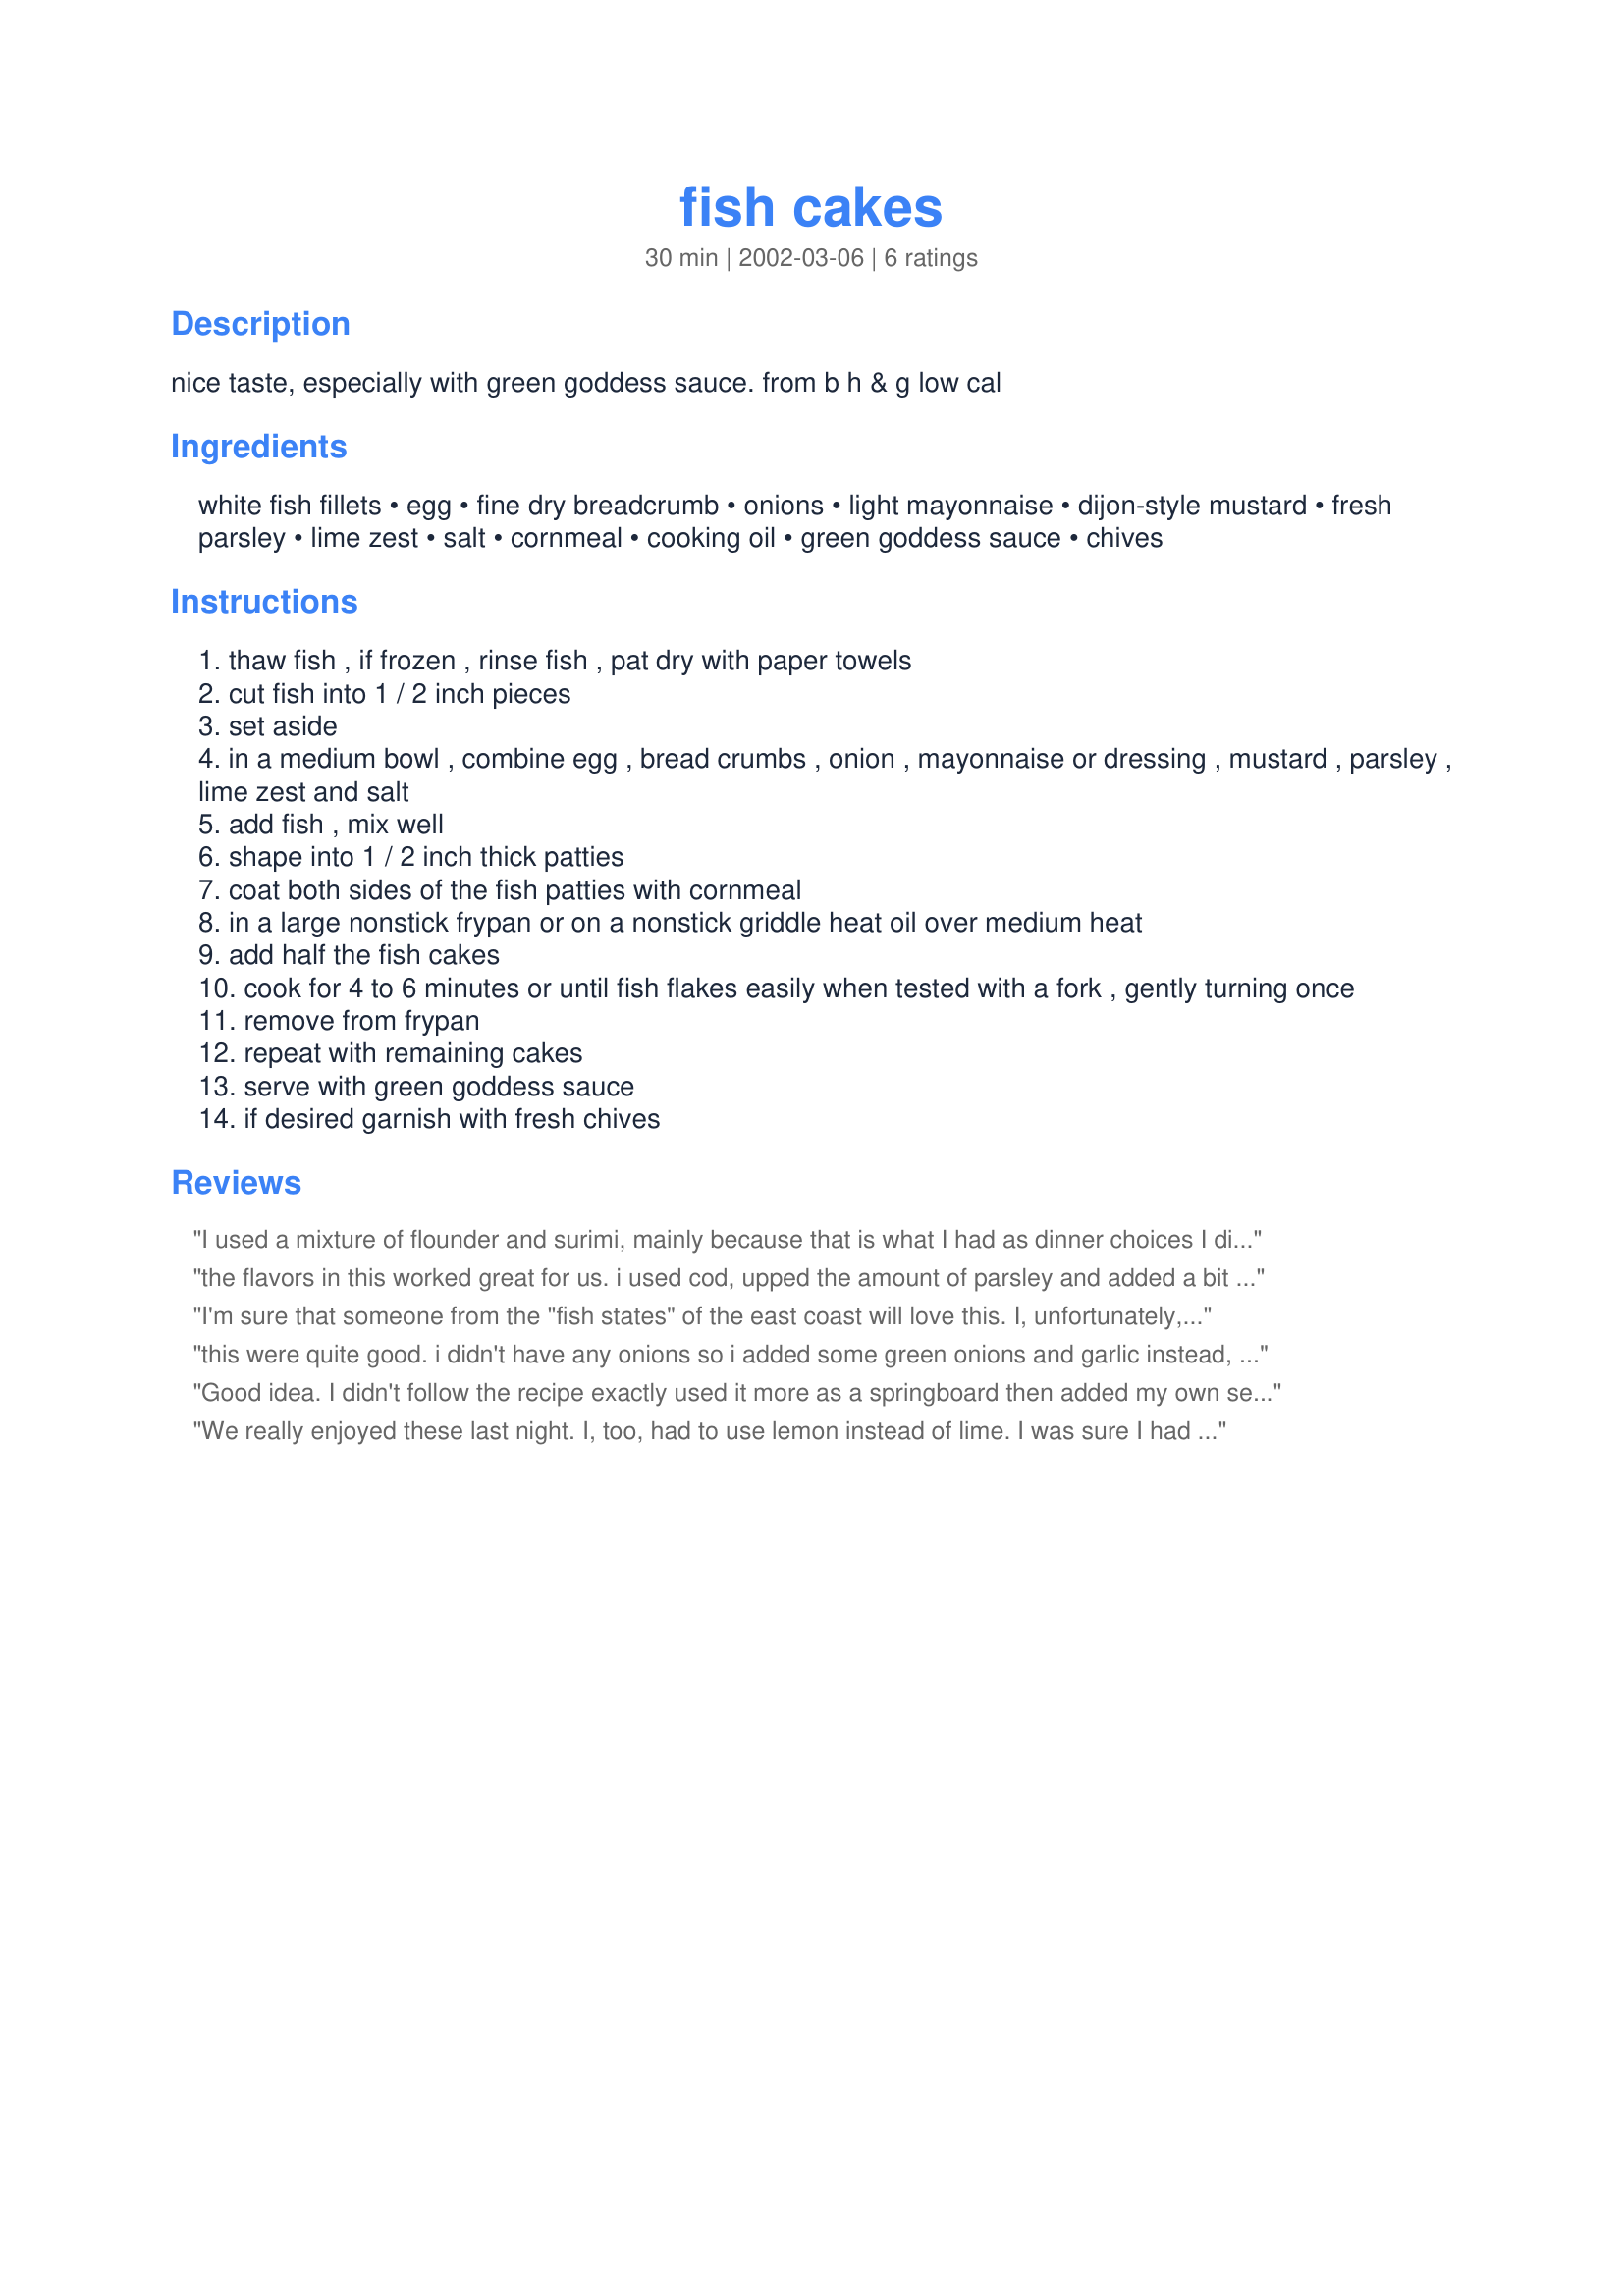
fish cakes
Preparation time: 30 minutes

nice taste, especially with green goddess sauce. from b h & g low cal

Ingredients:
white fish fillets, egg, fine dry breadcrumb, onions, light mayonnaise, dijon-style mustard, fresh parsley, lime zest, salt, cornmeal, cooking oil, green goddess sauce, chives

Steps:
thaw fish , if frozen , rinse fish , pat dry with paper towels
cut fish into 1 / 2 inch pieces
set aside
in a medium bowl , combine egg , bread crumbs , onion , mayonnaise or dressing , mustard , parsley , lime zest and salt
add fish , mix well
shape into 1 / 2 inch thick patties
coat both sides of the fish patties with cornmeal
in a large nonstick frypan or on a nonstick griddle heat oil over medium heat
add half the fish cakes
cook for 4 to 6 minutes or until fish flakes easily when tested with a fork , gently turning once
remove from frypan
repeat with remaining cakes
serve with green goddess sauce
if desired garnish with fresh chives

Reviews:
I used a mixture of flounder and surimi, mainly because that is what I had as dinner choices I didn't make yet. I definetly should have upped the amount of bread crumbs. The cakes kept falling apart while I cooked. But besides that, they taste awesome.
the flavors in this worked great for us. i used cod, upped the amount of parsley and added a bit of the juice of the lime too - loved the prominent citrus flavor in it due to the zest. i didn't have any cornmeal so had to coat it with cracker crumbs. am happy to elevate this from its 3* rating.
I'm sure that someone from the "fish states" of the east coast will love this. I, unfortunately, am a Southern Californian, and I like spicy. I keep hoping to find something fishy that I will like, which is why I tried this. It is good, but not very muscular to our tastes. Sorry about that.
this were quite good. i didn't have any onions so i added some green onions and garlic instead, and lemon juice instead of the lime zest. i needed to add a little more bread crumbs to make it stick together but i loved the taste of the dijon mustard. oh, and i added a little hot sauce for some heat as clifford said they were a little bland. directions were easy to follow and as this was my first time makeing fish cakes i was very impressed.
Good idea. I didn't follow the recipe exactly used it more as a springboard then added my own seasonings. It was a nice alternative recipe for fish (that thankfully didn't taste too fishy).
We really enjoyed these last night. I, too, had to use lemon instead of lime. I was sure I had gotten limes at the store, but they weren't there. I am going to make these again with the correct ingredient. Having said that, I would like to say that these went together very quickly and were done in no time at all. I used hokie as the fish and used your Recipe #21663 to accent the fish. Thnx for posting, Derf.
